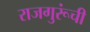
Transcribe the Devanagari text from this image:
राजगुरूंची